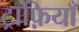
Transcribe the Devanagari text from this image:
ट्राफ़ियाँ